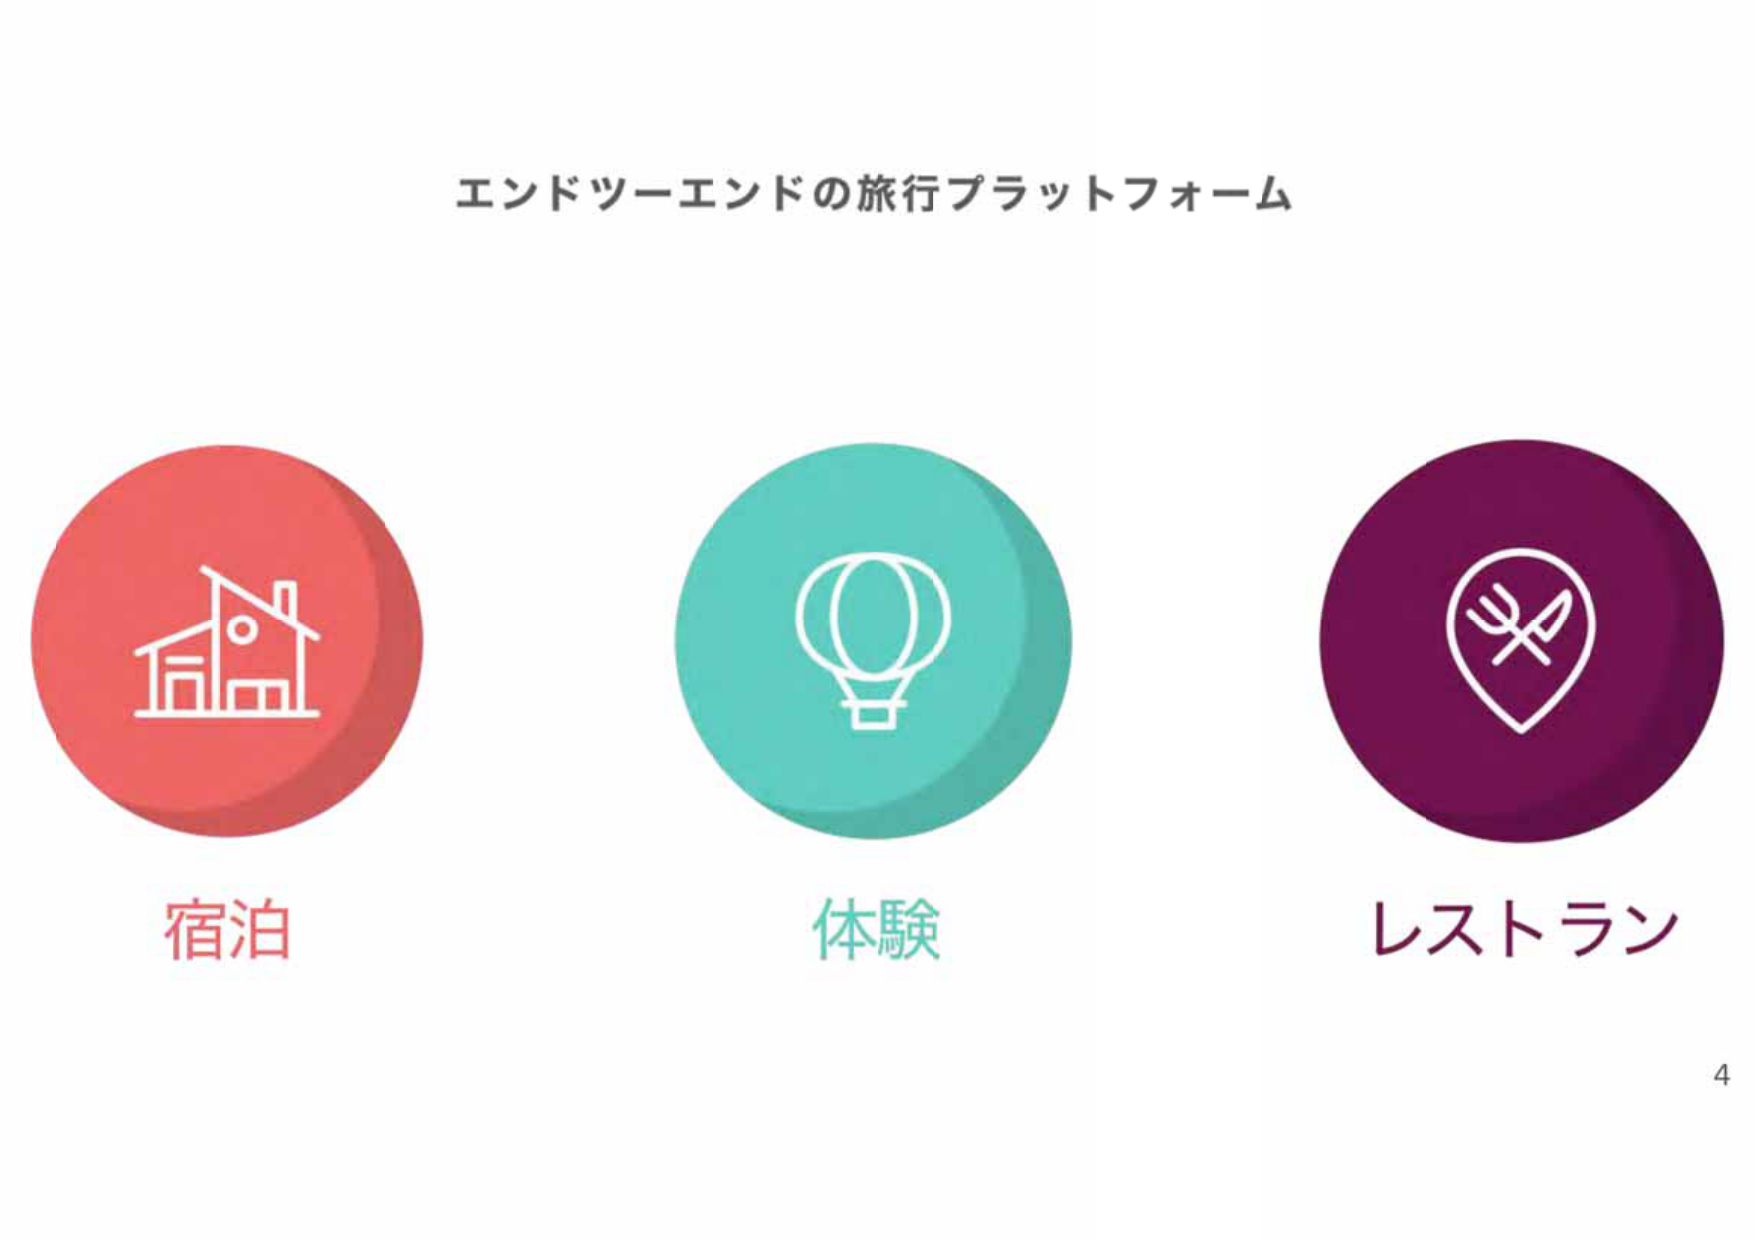
エンドツーエンドの旅行プラットフォーム
宿泊
体験
レストラン
4